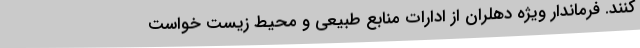
کنند. فرماندار ویژه دهلران از ادارات منابع طبیعی و محیط ‌زیست خواست